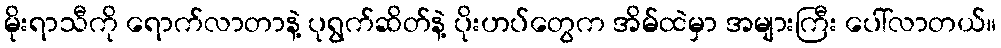
မိုးရာသီကို ရောက်လာတာနဲ့ ပုရွက်ဆိတ်နဲ့ ပိုးဟပ်တွေက အိမ်ထဲမှာ အများကြီး ပေါ်လာတယ်။